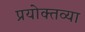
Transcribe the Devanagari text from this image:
प्रयोक्तव्या